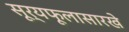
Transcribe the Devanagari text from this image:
सूर्यफूलासारखे